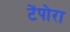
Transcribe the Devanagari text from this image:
टेंपोरा